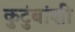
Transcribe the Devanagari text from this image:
कुटुंबांशी